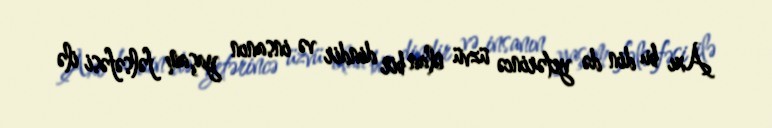
Axı bu din də yetərincə üzvü olan bir dindir və insanın yaşam fəlsəfəsi ilə